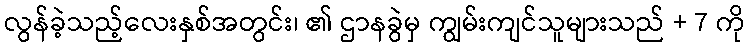
လွန်ခဲ့သည့်လေးနှစ်အတွင်း၊ ၏ ဌာနခွဲမှ ကျွမ်းကျင်သူများသည် + 7 ကို